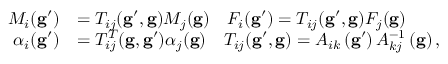
\begin{array} { r l } { M _ { i } ( \mathbf { g } ^ { \prime } ) } & { = T _ { i j } ( \mathbf { g } ^ { \prime } , \mathbf { g } ) M _ { j } ( \mathbf { g } ) \quad F _ { i } ( \mathbf { g } ^ { \prime } ) = T _ { i j } ( \mathbf { g } ^ { \prime } , \mathbf { g } ) F _ { j } ( \mathbf { g } ) } \\ { \alpha _ { i } ( \mathbf { g } ^ { \prime } ) } & { = T _ { i j } ^ { T } ( \mathbf { g } , \mathbf { g } ^ { \prime } ) \alpha _ { j } ( \mathbf { g } ) \quad T _ { i j } ( \mathbf { g } ^ { \prime } , \mathbf { g } ) = A _ { i k } \left( \mathbf { g } ^ { \prime } \right) A _ { k j } ^ { - 1 } \left( \mathbf { g } \right) , } \end{array}